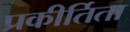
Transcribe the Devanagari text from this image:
प्रकीर्तिता